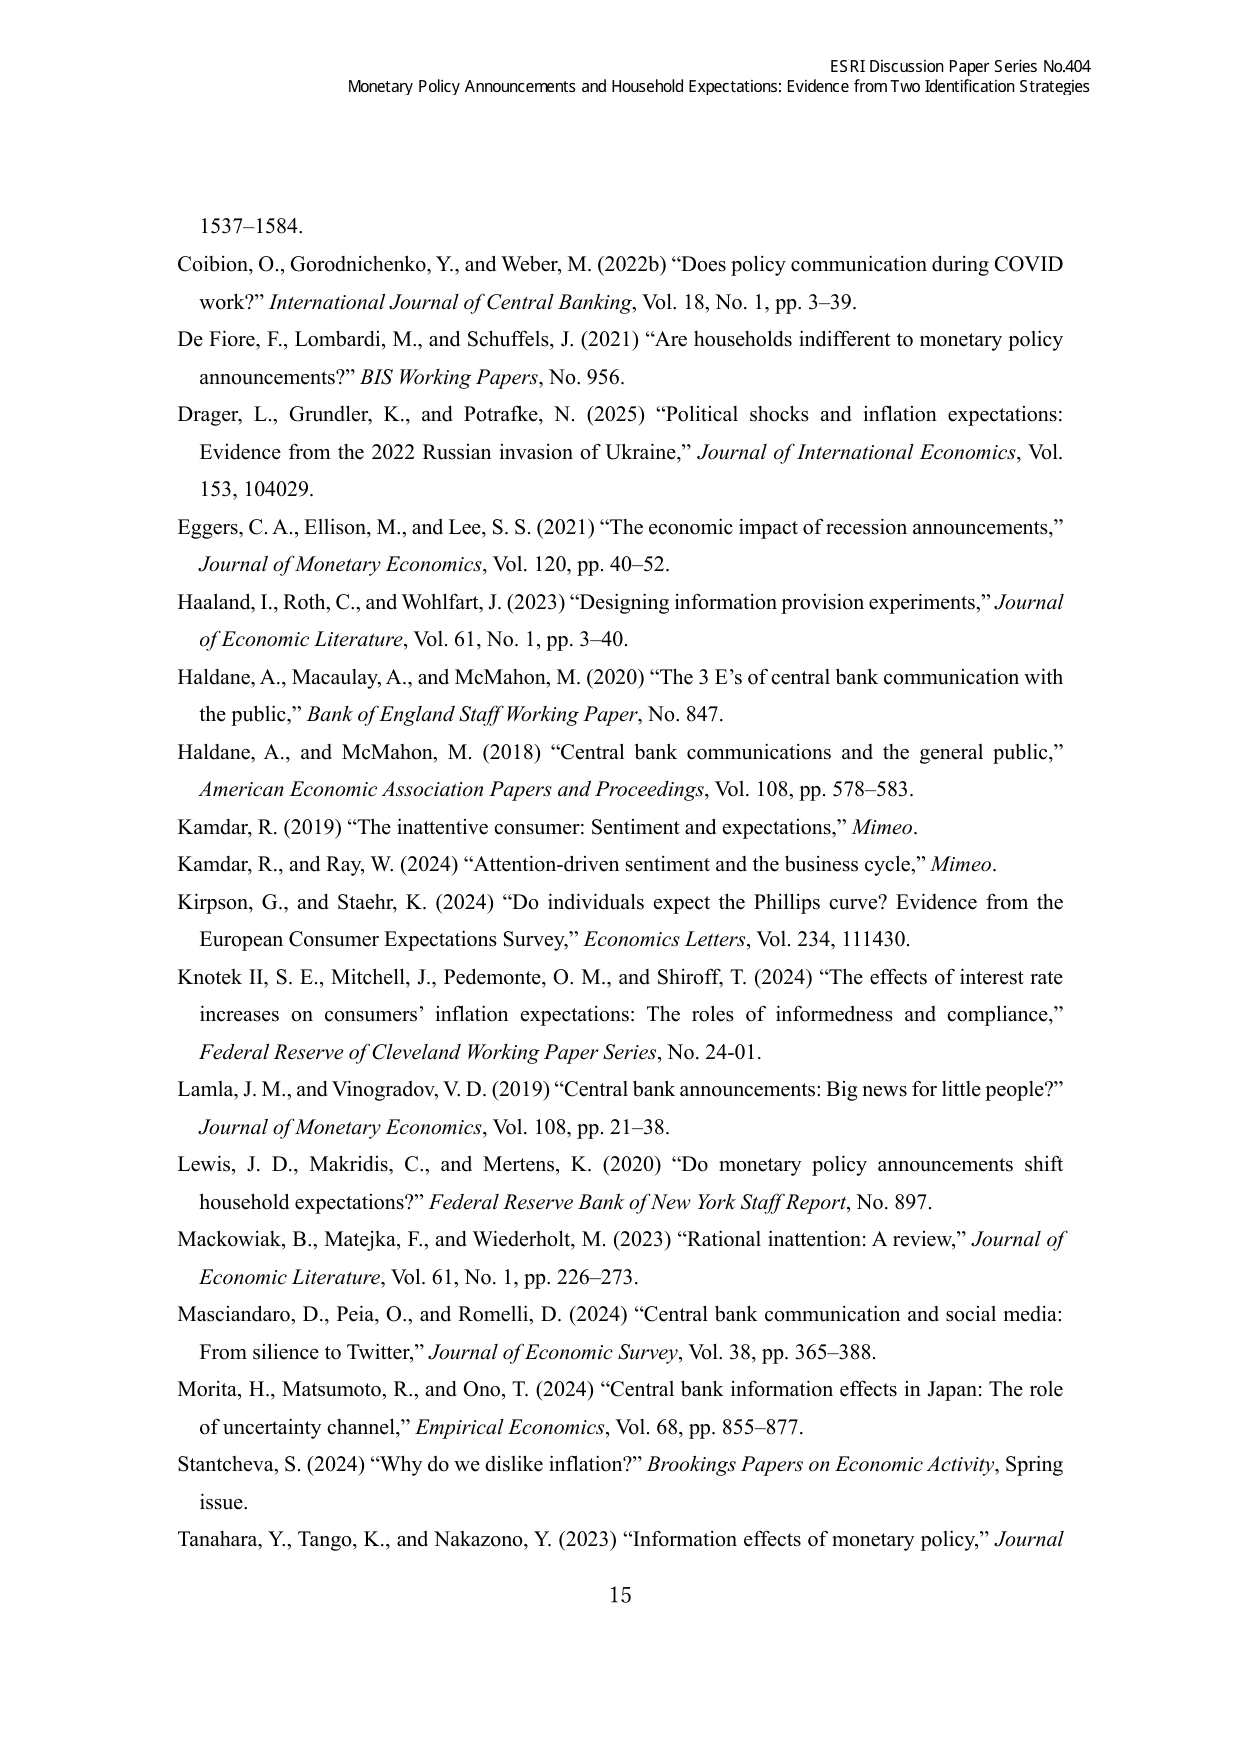
ESRI Discussion Paper Series No.404
Monetary Policy Announcements and Household Expectations: Evidence from Two Identification Strategies

1537–1584.
Coibion, O., Gorodnichenko, Y., and Weber, M. (2022b) “Does policy communication during COVID work?” International Journal of Central Banking, Vol. 18, No. 1, pp. 3–39.
De Fiore, F., Lombardi, M., and Schuffels, J. (2021) “Are households indifferent to monetary policy announcements?” BIS Working Papers, No. 956.
Drager, L., Grundler, K., and Potrafke, N. (2025) “Political shocks and inflation expectations: Evidence from the 2022 Russian invasion of Ukraine,” Journal of International Economics, Vol. 153, 104029.
Eggers, C. A., Ellison, M., and Lee, S. S. (2021) “The economic impact of recession announcements,” Journal of Monetary Economics, Vol. 120, pp. 40–52.
Haaland, I., Roth, C., and Wohlfart, J. (2023) “Designing information provision experiments,” Journal of Economic Literature, Vol. 61, No. 1, pp. 3–40.
Haldane, A., Macaulay, A., and McMahon, M. (2020) “The 3 E’s of central bank communication with the public,” Bank of England Staff Working Paper, No. 847.
Haldane, A., and McMahon, M. (2018) “Central bank communications and the general public,” American Economic Association Papers and Proceedings, Vol. 108, pp. 578–583.
Kamdar, R. (2019) “The inattentive consumer: Sentiment and expectations,” Mimeo.
Kamdar, R., and Ray, W. (2024) “Attention-driven sentiment and the business cycle,” Mimeo.
Kirpson, G., and Staehr, K. (2024) “Do individuals expect the Phillips curve? Evidence from the European Consumer Expectations Survey,” Economics Letters, Vol. 234, 111430.
Knotek II, S. E., Mitchell, J., Pedemonte, O. M., and Shiroff, T. (2024) “The effects of interest rate increases on consumers’ inflation expectations: The roles of informedness and compliance,” Federal Reserve of Cleveland Working Paper Series, No. 24-01.
Lamla, J. M., and Vinogradov, V. D. (2019) “Central bank announcements: Big news for little people?” Journal of Monetary Economics, Vol. 108, pp. 21–38.
Lewis, J. D., Makridis, C., and Mertens, K. (2020) “Do monetary policy announcements shift household expectations?” Federal Reserve Bank of New York Staff Report, No. 897.
Mackowiak, B., Matejka, F., and Wiederholt, M. (2023) “Rational inattention: A review,” Journal of Economic Literature, Vol. 61, No. 1, pp. 226–273.
Masciandaro, D., Peia, O., and Romelli, D. (2024) “Central bank communication and social media: From silence to Twitter,” Journal of Economic Survey, Vol. 38, pp. 365–388.
Morita, H., Matsumoto, R., and Ono, T. (2024) “Central bank information effects in Japan: The role of uncertainty channel,” Empirical Economics, Vol. 68, pp. 855–877.
Stantcheva, S. (2024) “Why do we dislike inflation?” Brookings Papers on Economic Activity, Spring issue.
Tanahara, Y., Tango, K., and Nakazono, Y. (2023) “Information effects of monetary policy,” Journal

15